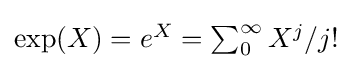
{\textstyle \exp(X)=e^{X}=\sum _{0}^{\infty }{X^{j}/j!}}